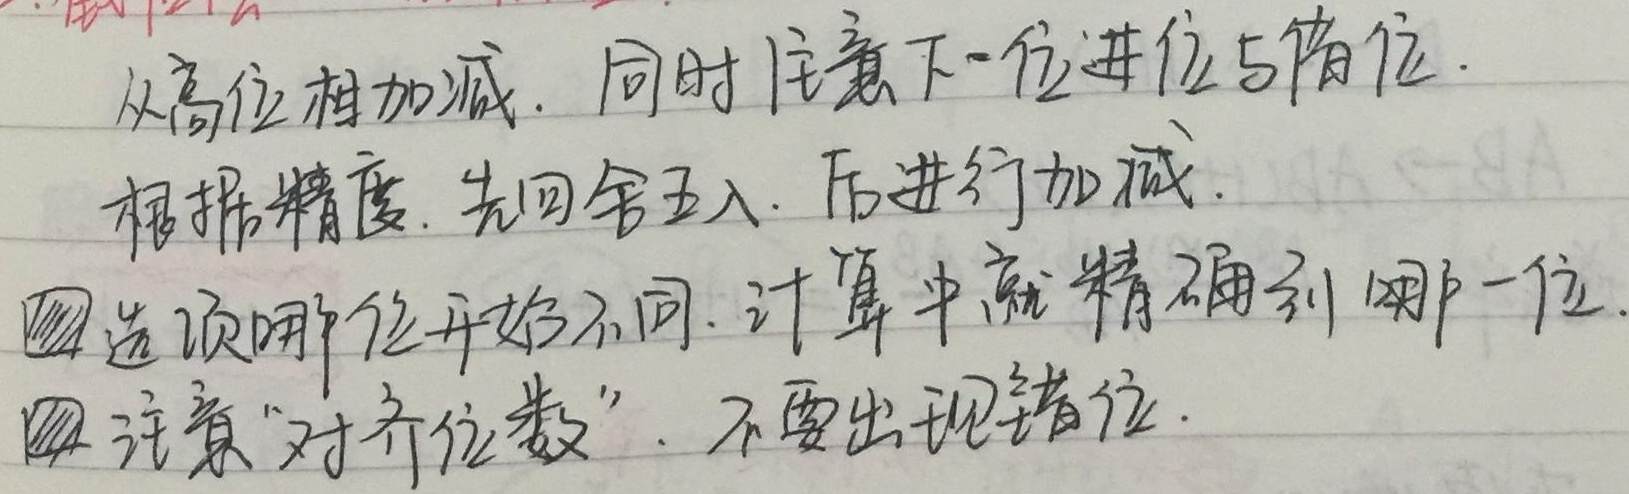
从高位相加减. 同时注意下一位进位与借位.根据精度, 先四舍五入, 后进行加减.
\textcircled{1} 选项哪位开始不同, 计算中就精确到哪一位.
\textcircled{2} 注意"对齐位数", 不要出现错位.